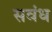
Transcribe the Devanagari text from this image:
सवंध